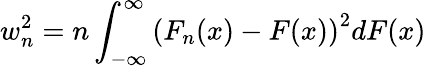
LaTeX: w_{n}^{2}=n\int_{-\infty}^{\infty}\left(F_{n}(x)-F(x)\right)^{2}dF(x)